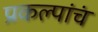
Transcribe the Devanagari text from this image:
प्रकल्पांचं